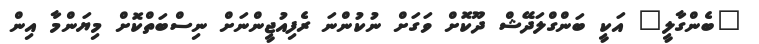
"ބެންގާލީ" އަކީ ބަންގްލަދޭޝް ދޫކޮށް ވަގަށް ނުކުންނަ ރެފިއުޖީންނަށް ނިސްބަތްކޮށް މިޔަންމާ އިން